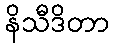
နိသီဒိတာ